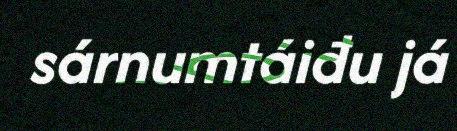
sárnumtáiđu já